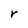
Character: r